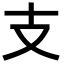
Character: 支